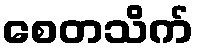
စေတသိက်